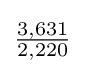
{\tfrac {3,631}{2,220}}